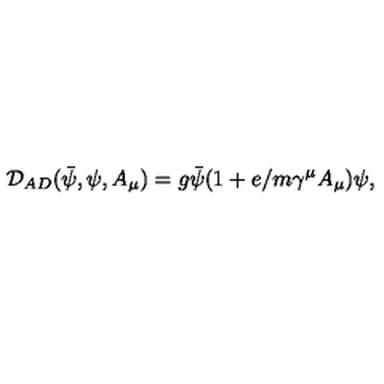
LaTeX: \mathcal { D } _ { A D } ( \bar { \psi } , \psi , A _ { \mu } ) = g \bar { \psi } ( 1 + e / m \gamma ^ { \mu } A _ { \mu } ) \psi ,